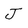
Character: J